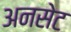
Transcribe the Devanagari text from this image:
अनसेट